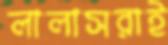
লালাসরাই